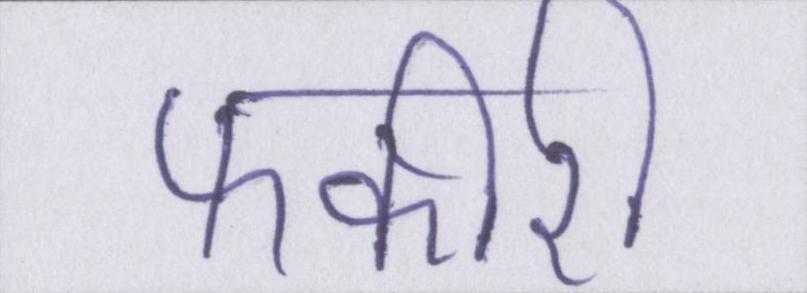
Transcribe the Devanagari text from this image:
फकीरी